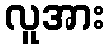
လူအား